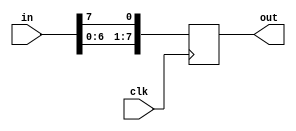
module shift_8bit
(
	input clk,
	input [7:0] in,
	output reg [7:0] out
);

	integer i;
	reg [7:0] temp;
	always@(posedge clk)
	begin
		temp[7:0] = in[7:0];
		
		for( i = 0; i < 7; i = i+1)
		begin
			out[i+1] <= temp[i];
		end
		out[0] <= temp[7];
	end

endmodule